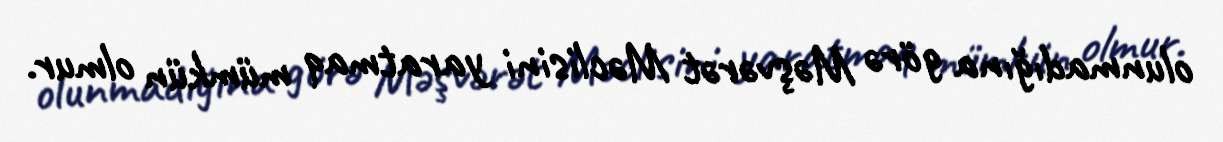
olunmadığına görə Məşvərət Məclisini yaratmaq mümkün olmur.